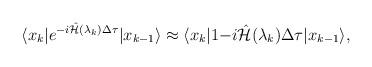
LaTeX: \begin{align*}\langle x_k |e^{-i\hat{{\cal H}}(\lambda_k)\Delta \tau} | x_{k-1} \rangle \approx\langle x_k |1{-i\hat{{\cal H}}(\lambda_k)\Delta \tau} | x_{k-1} \rangle,\end{align*}